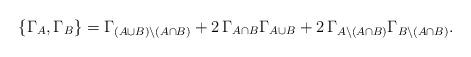
LaTeX: \begin{align*}\{ \Gamma_{A}, \Gamma_{B}\}=\Gamma_{(A\cup B)\setminus (A\cap B)}+2\,\Gamma_{A\cap B}\Gamma_{A\cup B}+2\, \Gamma_{A\setminus( A\cap B)}\Gamma_{B\setminus(A\cap B)}.\end{align*}